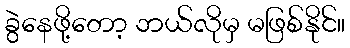
ခွဲနေဖို့တော့ ဘယ်လိုမှ မဖြစ်နိုင်။